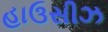
હાઉસીઝ